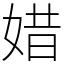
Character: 㛭